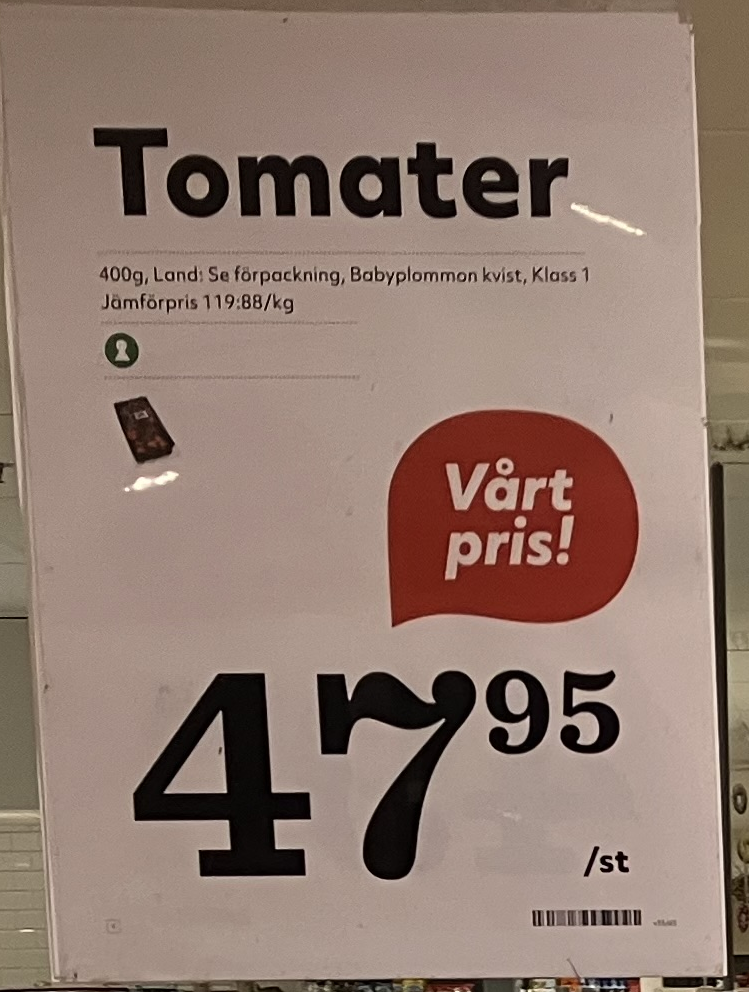
Vara: Tomater
Genomsnittspris: 119.88 per kg